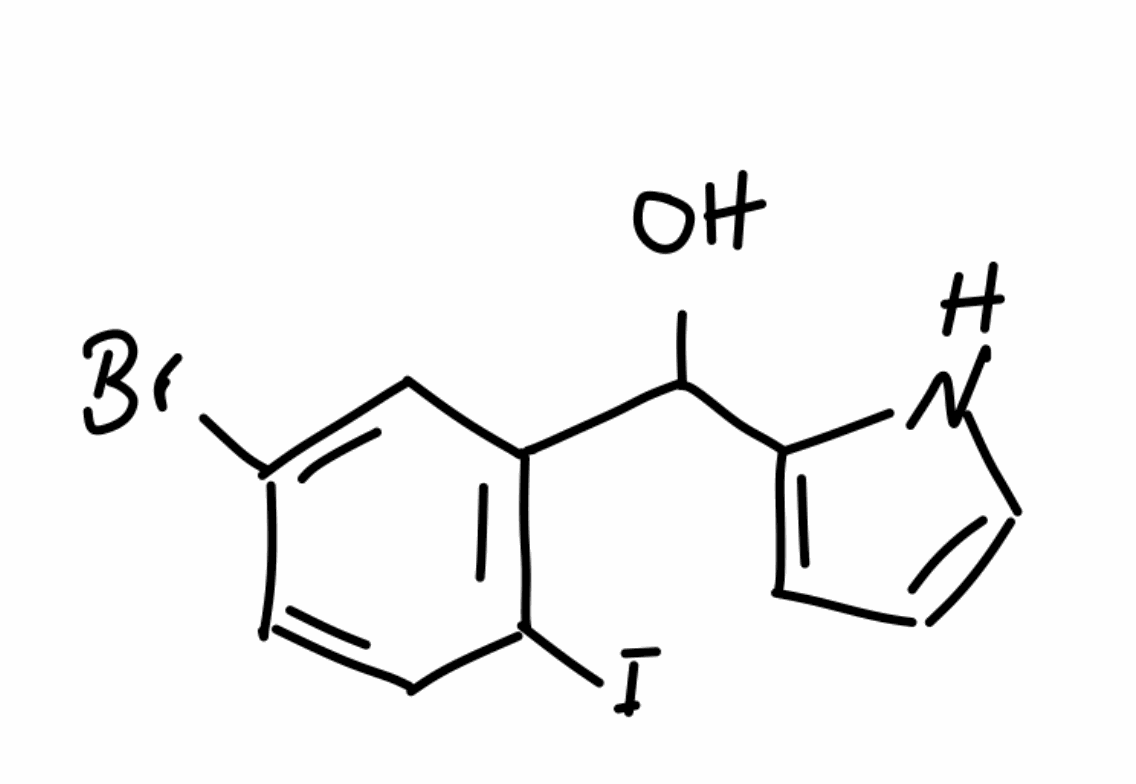
Simplified molecular-input line-entry system (SMILES) notation of the given molecule:
C1=CNC(=C1)C(C2=C(C=CC(=C2)Br)I)O